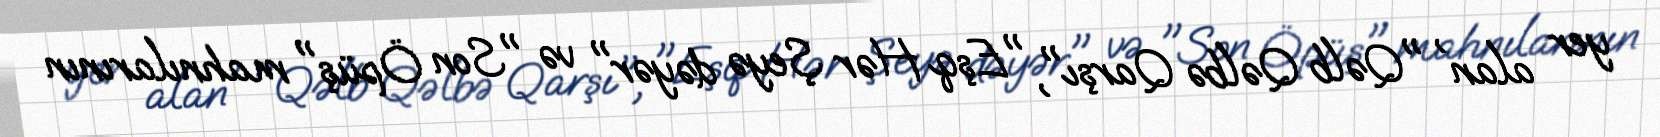
yer alan , "Qəlb Qəlbə Qarşı", "Eşq Hər Şeyə dəyər" və "Son Öpüş" mahnılarının